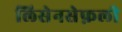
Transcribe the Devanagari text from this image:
लिसेनसेफ़ली